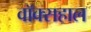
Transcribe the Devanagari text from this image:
वॉक्सहाल